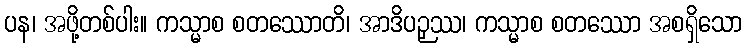
ပန၊ အဖို့တစ်ပါး။ ကသ္မာစ စတဿောတိ၊ အာဒိပဉှဿ၊ ကသ္မာစ စတဿော အစရှိသော